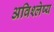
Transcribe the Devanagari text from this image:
अविश्लेष्य